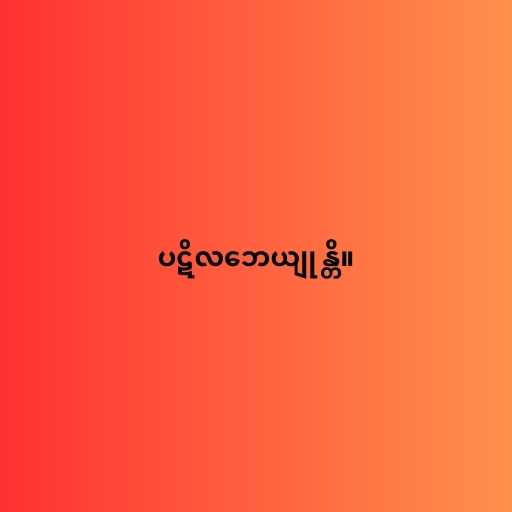
ပဋိလဘေယျုန္တိ။